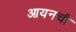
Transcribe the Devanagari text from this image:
आयनची